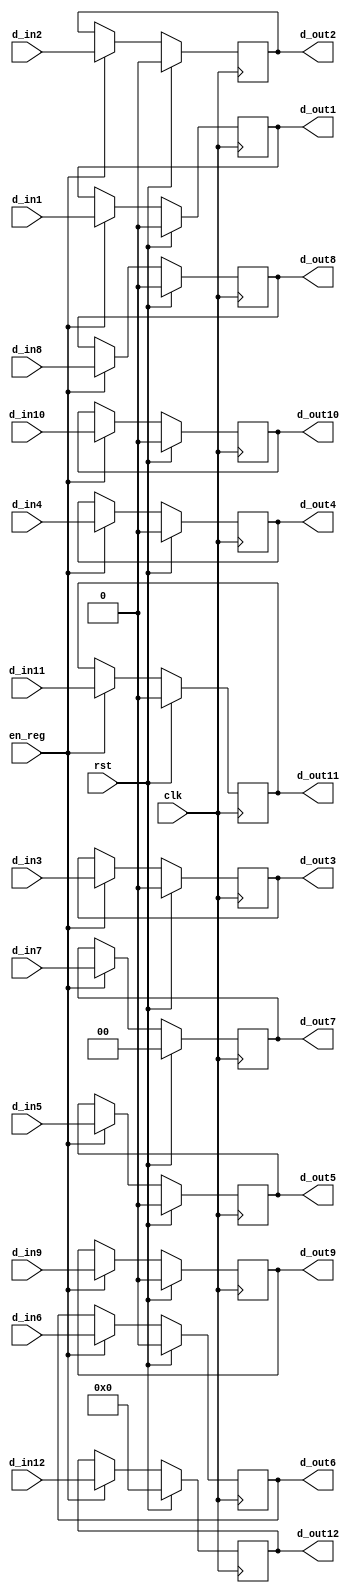
module reg_Control_IDEX ( clk, rst, en_reg, d_in1, d_in2, d_in3, d_in4, d_in5, d_in6, d_in7, d_in8, d_in9, d_in10, d_in11, d_in12, d_out1, d_out2, d_out3, d_out4, d_out5, d_out6, d_out7, d_out8, d_out9, d_out10, d_out11, d_out12 );
    input clk, rst, en_reg;
    input d_in1, d_in2, d_in3, d_in4, d_in5, d_in6, d_in8, d_in9, d_in10, d_in11;
	input [1:0] d_in7;
	input [6:0] d_in12;
    output reg d_out1, d_out2, d_out3, d_out4, d_out5, d_out6, d_out8, d_out9, d_out10, d_out11; 
	output reg [1:0] d_out7;
	output reg [6:0] d_out12;
	
    always @( posedge clk ) begin
        if ( rst ) begin
			d_out1 <= 1'b0;
			d_out2 <= 1'b0;
			d_out3 <= 1'b0;
			d_out4 <= 1'b0;
			d_out5 <= 1'b0;
			d_out6 <= 1'b0;
			d_out7 <= 2'b0;
			d_out8 <= 1'b0;
			d_out9 <= 1'b0;
			d_out10 <= 1'b0;
			d_out11 <= 1'b0;
			d_out12 <= 7'd0;
		end	
        else if ( en_reg ) begin
			d_out1 <= d_in1;
			d_out2 <= d_in2;
			d_out3 <= d_in3;
			d_out4 <= d_in4;
			d_out5 <= d_in5;
			d_out6 <= d_in6;
			d_out7 <= d_in7;
			d_out8 <= d_in8;
			d_out9 <= d_in9;
			d_out10 <= d_in10;
			d_out11 <= d_in11;
			d_out12 <= d_in12;
		end	
    end

endmodule